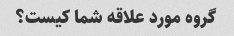
گروه مورد علاقه شما کیست؟